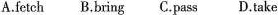
A.fetch B.bring C.pass D.take